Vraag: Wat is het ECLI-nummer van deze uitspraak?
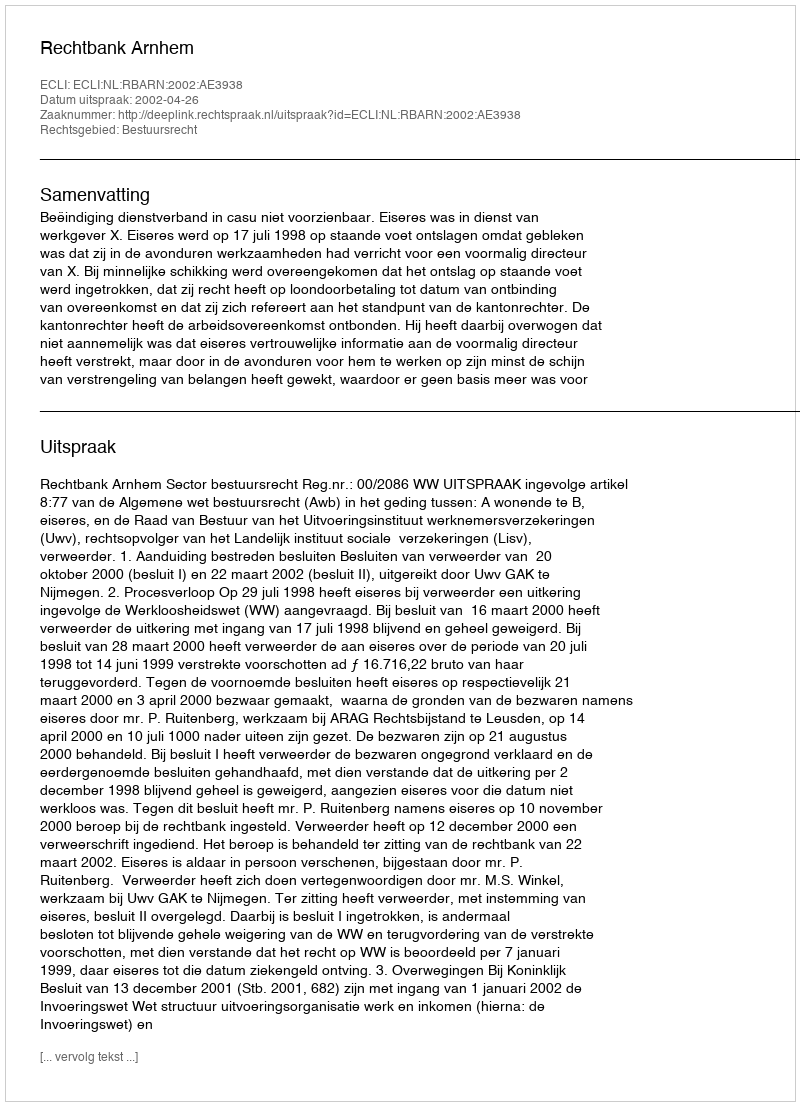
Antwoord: ECLI:NL:RBARN:2002:AE3938